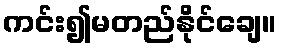
ကင်း၍မတည်နိုင်ချေ။